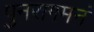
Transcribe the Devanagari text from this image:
पुनरागमनं